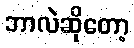
ဘာလဲဆိုတော့